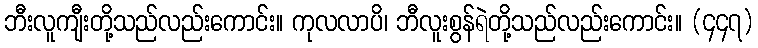
ဘီးလူကျီးတို့သည်လည်းကောင်း။ ကုလလာပိ၊ ဘီလူးစွန်ရဲတို့သည်လည်းကောင်း။ (၄၄၇)